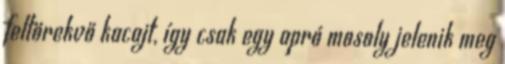
feltörekvő kacajt, így csak egy apró mosoly jelenik meg